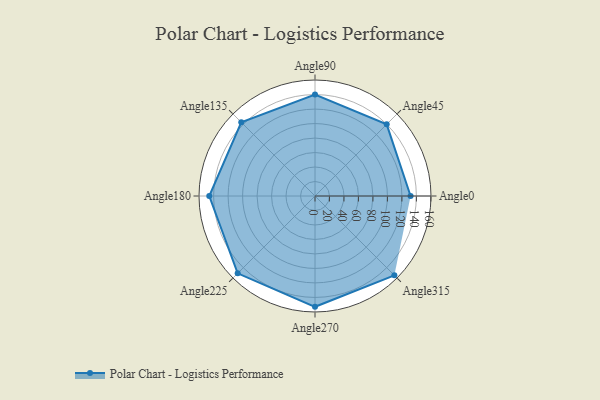
{"axis": {"x": "Angle", "y": "Radius"}, "legend": [""], "data": [{"x": "Angle0", "y": 132.0, "type": ""}, {"x": "Angle45", "y": 140.0, "type": ""}, {"x": "Angle90", "y": 140.0, "type": ""}, {"x": "Angle135", "y": 144.0, "type": ""}, {"x": "Angle180", "y": 146.0, "type": ""}, {"x": "Angle225", "y": 151.0, "type": ""}, {"x": "Angle270", "y": 153.0, "type": ""}, {"x": "Angle315", "y": 155.0, "type": ""}]}